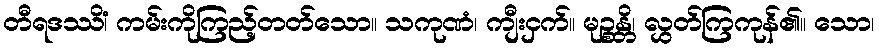
တီရဒဿိံ၊ ကမ်းကိုကြည့်တတ်သော။ သကုဏံ၊ ကျီးငှက်။ မုဉ္စန္တိ၊ လွှတ်ကြကုန်၏။ သော၊